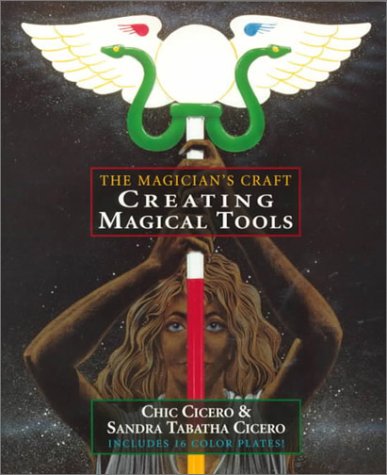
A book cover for Creating Magical Tools: The Magician's Craft; Chic Cicero; Religion & Spirituality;